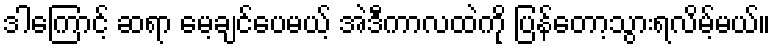
ဒါကြောင့် ဆရာ မေ့ချင်ပေမယ့် အဲဒီကာလထဲကို ပြန်တော့သွားရလိမ့်မယ်။